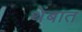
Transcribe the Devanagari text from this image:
थेंबात